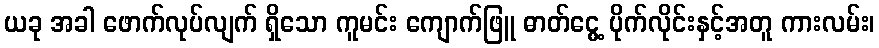
ယခု အခါ ဖောက်လုပ်လျက် ရှိသော ကူမင်း ကျောက်ဖြူ ဓာတ်ငွေ့ ပိုက်လိုင်းနှင့်အတူ ကားလမ်း၊